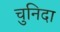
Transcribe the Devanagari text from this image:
चुनिदा